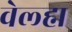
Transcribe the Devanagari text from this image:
वेल्ह्म